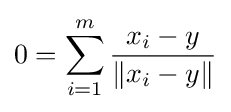
0=\sum _{i=1}^{m}{\frac {x_{i}-y}{\left\|x_{i}-y\right\|}}